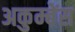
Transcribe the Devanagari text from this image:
अकुम्बेंस